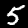
Label: 5